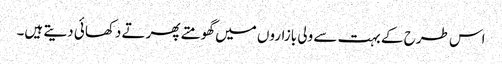
اس طرح کے بہت سے ولی بازاروں میں گھومتے پھرتے دکھائی دیتے ہیں۔